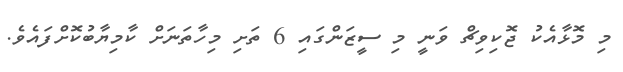
މި މޮޅާއެކު ޖޮކިވިޗް ވަނީ މި ސީޒަންގައި 6 ތަށި މިހާތަނަށް ކާމިޔާބުކޮށްފައެވެ.